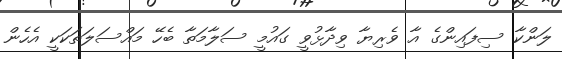
ލަންކާ ސިފައިންގެ އާ ވެރިޔާ ވިދާޅުވީ ގައުމީ ސަލާމަތާ ބެހޭ މައްސަލަތަކަކީ އެހެން